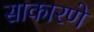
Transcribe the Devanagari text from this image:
साकारणे